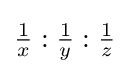
{\tfrac {1}{x}}:{\tfrac {1}{y}}:{\tfrac {1}{z}}